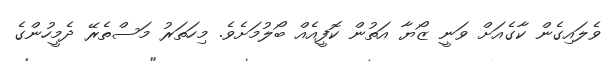
ވެލައިގެން ކާގެއަށް ވަނީ ޒޯޔާ އަތުން ކޮފީއެއް ބޯލުމަށެވެ. މިހަތަރު މަސްތެރޭ ދެމީހުންގެ